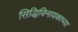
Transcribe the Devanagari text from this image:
सिद्धिविनायकाच्या